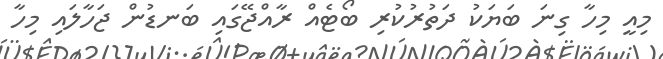
މިއީ މިހާ ގިނަ ބަޔަކު ދަތުރުކުރި ބޯޓެއް ރާއްޖޭގައި ބަނޑުން ޖަހާލައި މިހާ